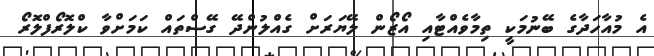
އެ މުއާހަދާގެ ބޭނުމަކީ ތިމާވެއްޓާއި އޯޒޯން ލޭޔަރަށް ގެއްލުންދޭ ގޭސްތައް ކަމަށްވާ ކްލޮރޯފްލޮރޯ